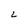
Character: L